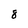
Character: 8